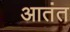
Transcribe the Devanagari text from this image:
आतंत